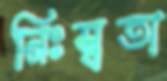
নিঃস্বতা